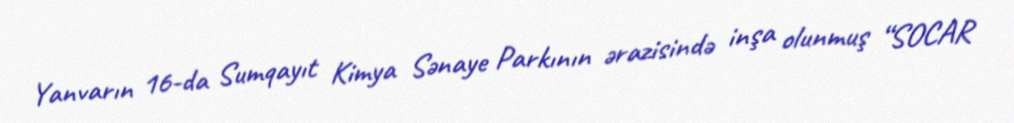
Yanvarın 16-da Sumqayıt Kimya Sənaye Parkının ərazisində inşa olunmuş “SOCAR